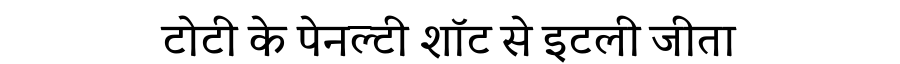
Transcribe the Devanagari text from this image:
टोटी के पेनल्टी शॉट से इटली जीता